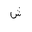
Letter: _shin